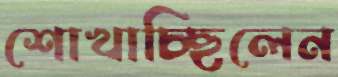
শোখাচ্ছিলেন